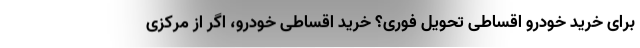
برای خرید خودرو اقساطی تحویل فوری؟ خرید اقساطی خودرو، اگر از مرکزی